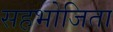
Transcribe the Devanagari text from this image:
सहभोजिता